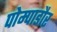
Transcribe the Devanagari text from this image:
पोम्पाडौर